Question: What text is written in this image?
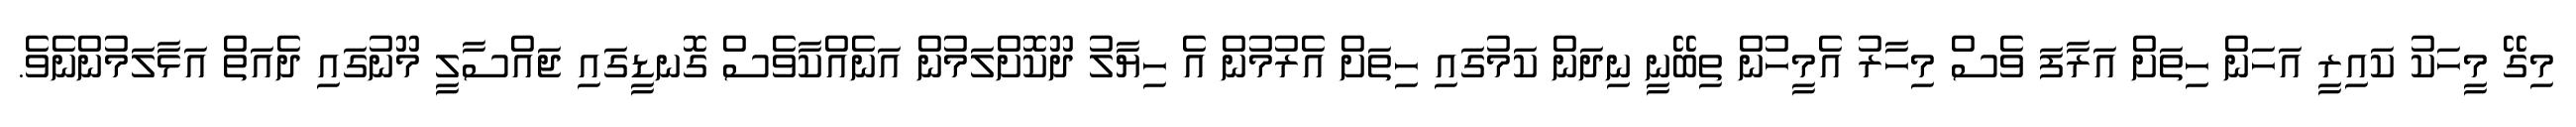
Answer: މިގޭ މީހަކު ކައިރީ އަހަން ހިތަށް އަރާފަ ވެސް މިހާރު އެމީހުން ތިބޭނީ ނިދަން ކަމުގައި ހިތަށް އެރުމުން އެ ހިޔާލު ދޫކޮށްލަމުން އަނެއްކާވެސް ގޮނޑީގައި ޖައްސާލީ މޫނުގައި ދެއަތް އަޅާލަމުންނެވެ.